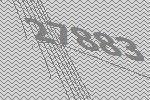
27883